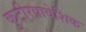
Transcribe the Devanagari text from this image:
कुटीरप्रावेशिक